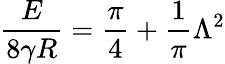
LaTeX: \frac{E}{8\gamma R}=\frac{\pi}{4}+\frac{1}{\pi}\Lambda^{2}